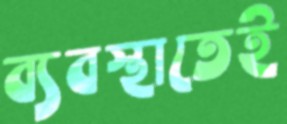
ব্যবস্থাতেই